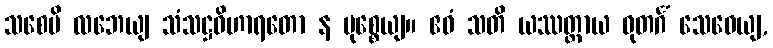
သစေပိ လဘေယျ သံသဋ္ဌဝိဟာရတော န မုစ္စေယျ။ ဧဝံ သတိ ယဿတ္ထာယ ဓုတင်္ဂံ သေဝေယျ,